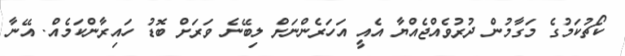
ކޯޗުކަމުގެ މަގާމުން ދުރުވެއްޖެއްޔާ އެއީ އަހަރެންނަށް ލިބޭނެ ވަރަށް ބޮޑު ހައިރާންކަމެއް. އޭނާ